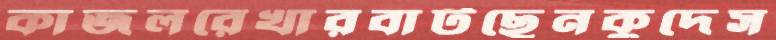
কাজলরেখারবাটছেনকুদেস